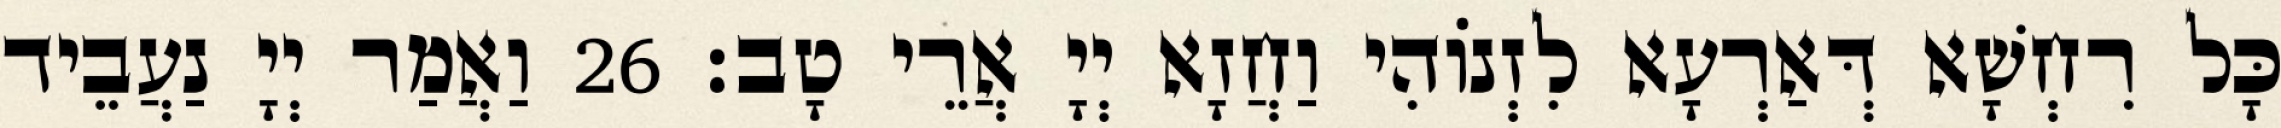
כָּל רִחְשָׁא דְּאַרְעָא לִזְנוֹהִי וַחֲזָא יְיָ אֲרֵי טָב׃ 26 וַאֲמַר יְיָ נַעֲבֵיד